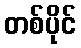
တစ်ပိုင်